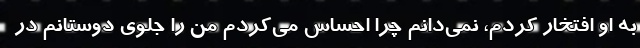
به او افتخار کردم، نمی‌دانم چرا احساس می‌کردم من را جلوی دوستانم در